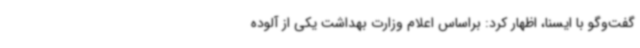
گفت‌وگو با ایسنا، اظهار کرد: براساس اعلام وزارت بهداشت یکی از آلوده